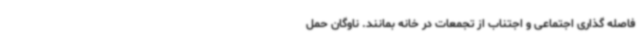
فاصله گذاری اجتماعی و اجتناب از تجمعات در خانه بمانند. ناوگان حمل